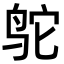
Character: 鸵